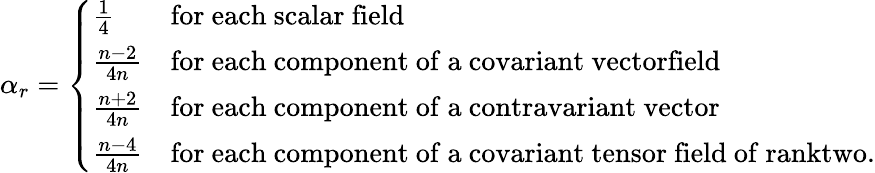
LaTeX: \alpha_{r}=\left\{ \begin{array}{ll}{{\frac{1}{4}}}&{{\mathrm{for~each~scalar~field}}}\\ {{\frac{n-2}{4n}}}&{{\mathrm{for~each~component~of~a~covariant~vectorfield}}}\\ {{\frac{n+2}{4n}}}&{{\mathrm{for~each~component~of~a~contravariant~vector}}}\\ {{\frac{n-4}{4n}}}&{{\mathrm{for~each~component~of~a~covariant~tensor~field~of~ranktwo.}}}\end{array}\right.